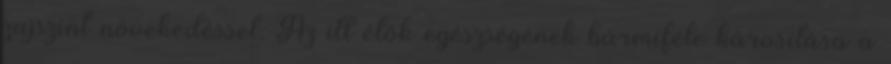
zajszint növekedéssel. Az itt élők egészségének bármiféle károsítása a